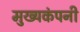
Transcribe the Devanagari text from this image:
मुख्यकंपनी